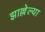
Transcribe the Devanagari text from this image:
झाल्लेल्या